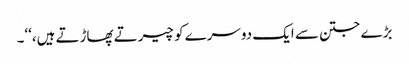
بڑے جتن سے ایک دوسرے کو چیرتے پھاڑتے ہیں،‘‘۔